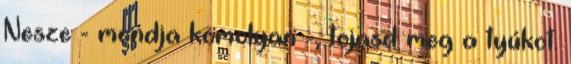
Nesze - mondja komolyan -, tojasd meg a tyúkot.